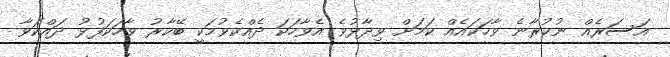
އަސަރެއް ނުކުރާނެ ވާހަކައެއް ކަމަށް ވިދާޅުވެ އެވާހަކަ ދެއްކެވުމަކީ ބޭކާރު ވާހަކަފުޅު ދައްކަވާ